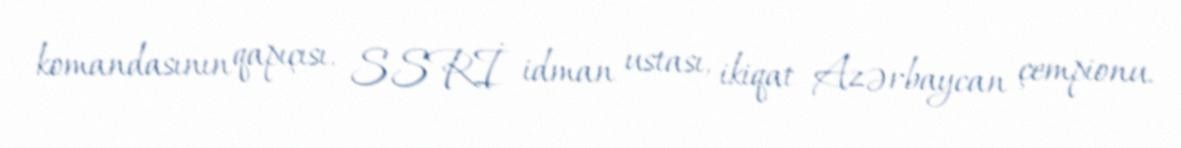
komandasının qapıçısı, SSRİ idman ustası, ikiqat Azərbaycan çempionu.